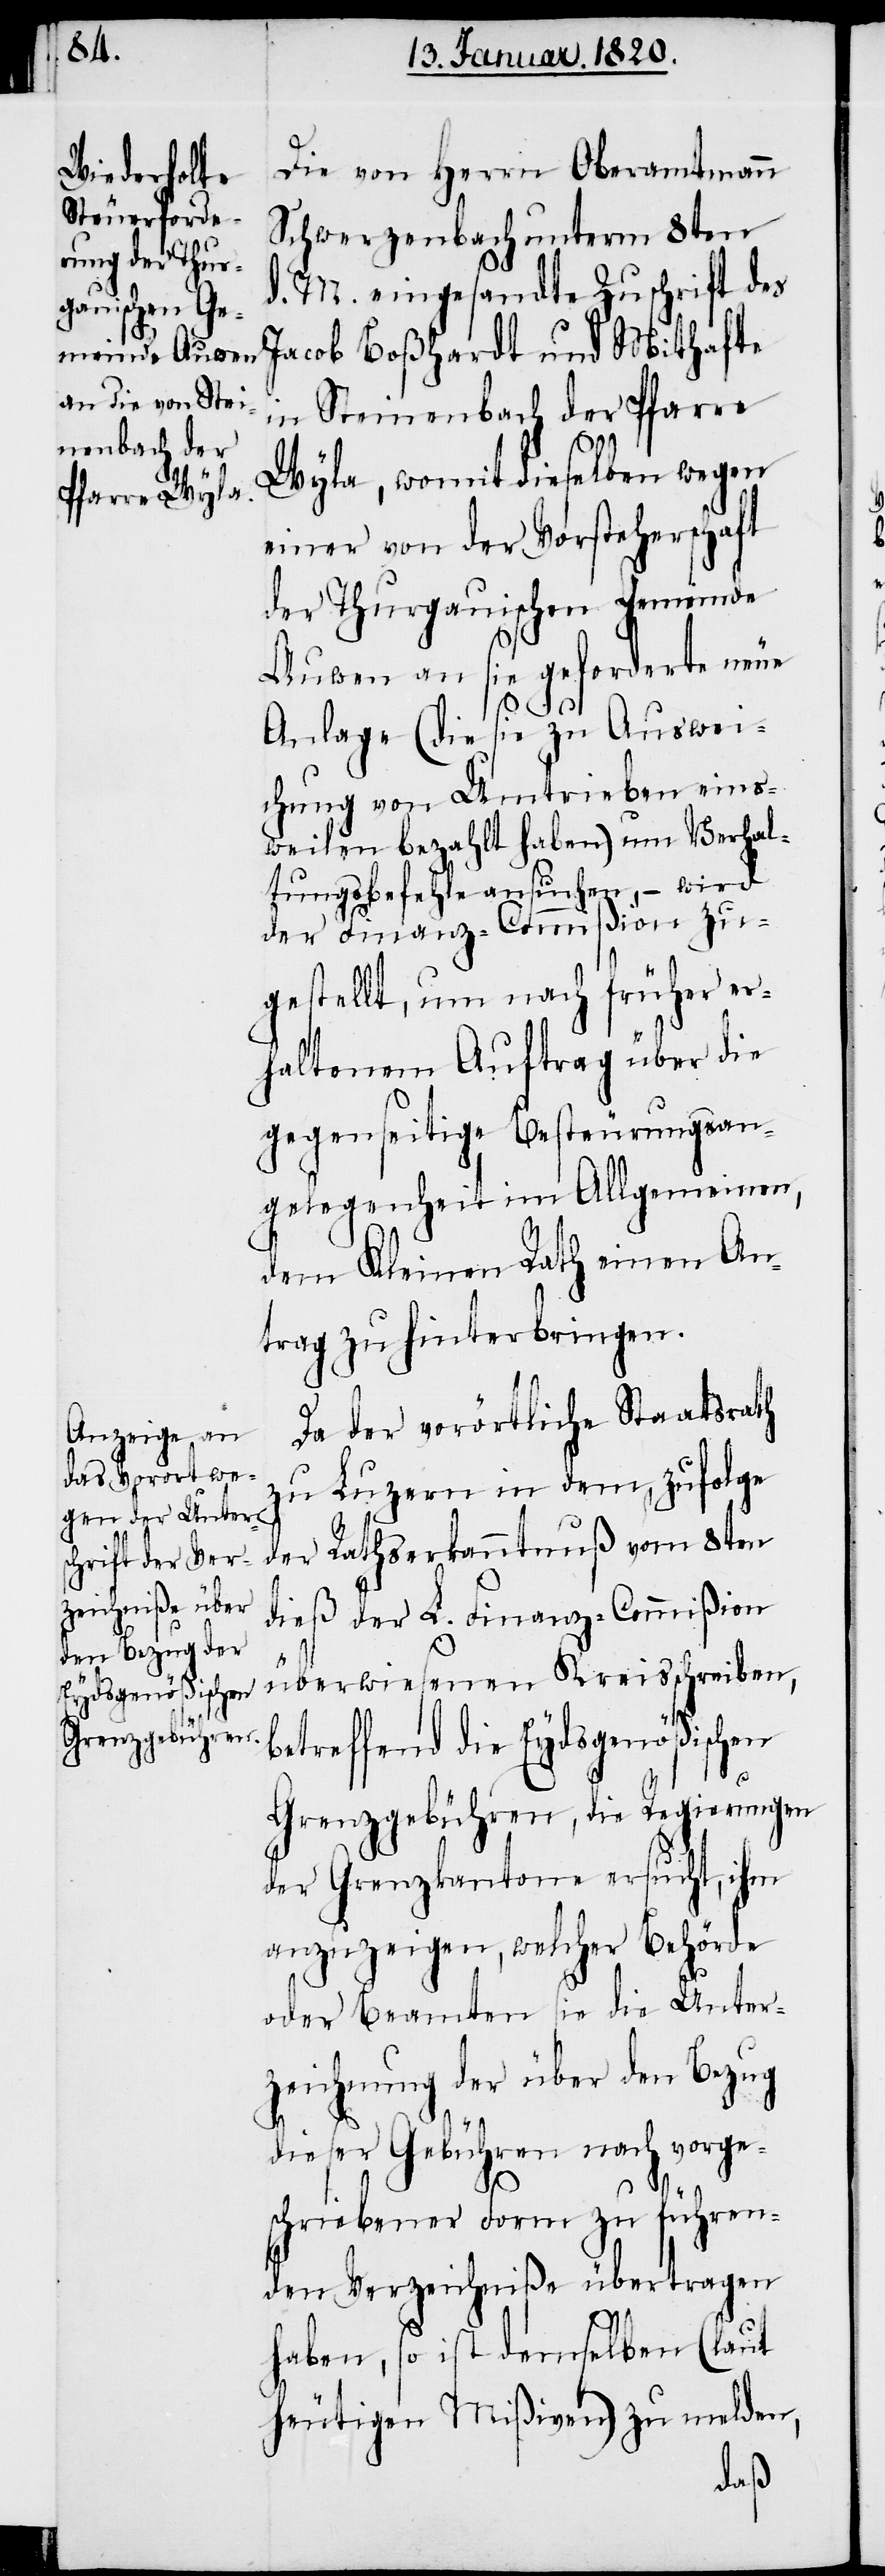
Die von Herrn Oberamtmann
Schwerzenbach unterm 8ten
d. M. eingesandte Zuschrift des
Jacob Boßhardt und Mithafte
in Steinenbach der Pfarre
Wyla, womit dieselben wegen
einer von der Vorsteherschaft
der Thurgauischen Gemeinde
Auwen an sie geforderte neue
Anlage (die sie zu Auswei¬
chung von Umtrieben eins¬
weilen bezahlt haben) um Verhal¬
tungsbefehle ansuchen, − wird
der Finanz-Commißion zu¬
gestellt, um nach früher er¬
haltenem Auftrag über die
gegenseitige Besteurungsan¬
gelegenheit im Allgemeinen,
dem Kleinen Rath einen An¬
trag zu hinterbringen.
Da der vorörtliche Staatsrath
zu Luzern in dem, zufolge
Rathserkanntnuß vom 8ten
dieß der L. Finanz-Commißion
betreffend die Eydsgenößischen
Grenzgebühren, die Regierungen
der Grenzkantone ersucht, ihm
anzuzeigen, welcher Behörde
oder Beamten sie die Unter¬
zeichnung der über den Bezug
dieser Gebühren nach vorge¬
schriebener Form zu führen¬
den Verzeichniße übertragen
haben, so ist demselben (laut
heutigen Mißiven) zu melden,